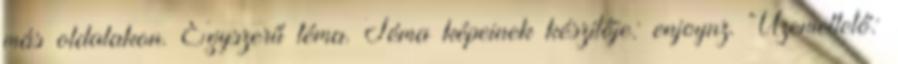
más oldalakon. Egyszerű téma. Téma képeinek készítője: enjoynz. Üzemeltető: